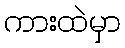
ကားထဲမှာ